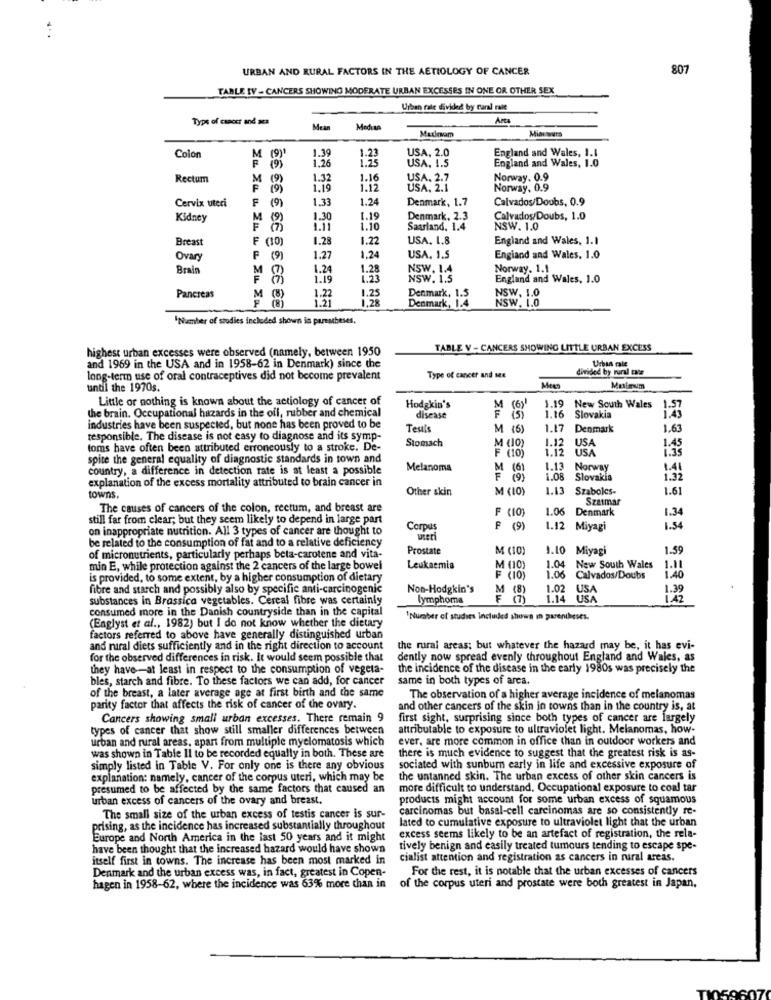
URBAN AND RURAL FACTORS IN THE AETIOLOGY OF CANCER
807
TABLE IV - CANCERS SHOWING MODERATE URBAN EXCESSES IN ONE OR OTHER SEX
Urban fale divided by caral ralle
Type of cancer and ara
Anta
Median
Mutluam
USA, 2.0
England and Wales, 1.1
Colon
M
(9)
1.39
1,26
1:33
England and Wales, 1.0
USA. 1.5
Rectum
M
(9)
1.32
1.16
USA. 2.7
Norway. 0.9
1.19
1.12
USA. 2.1
Norway, 0.9
Cervix uteri
F
(9)
1.24
Denmark, 1.7
Calvados/Doubs, 0.9
1.33
Kidney
M
1.30
1.19
Denmark, 2.3
Calvados/Doubs, 1.0
1.11
1.10
Saarland, 1.4
NSW. 1.0
Breast
F (
1.28
1.22
USA. 1.8
England and Wales, 1.1
Ovary
(9)
1.27
1.24
USA. 1.5
England and Wales, 1.0
Brain
1.24
NSW. 1.4
Norway. 1.1
M
1.19
1.23
NSW. 1.5
England and Wales, 1.0
1.25
NSW, 1.0
Pancreas
M (8)
1.22
1.21
1.28
Denmark, 1.5
Denmark, 1.4
NSW. 1.0
LLEL ZA
"Number of studies included shown is paratheses.
highest urban excesses were observed (namely, between 1950
TABLE V - CANCERS SHOWING LITTLE URBAN EXCESS
Urban rale
and 1969 in the USA and in 1958-62 in Denmark) since the
divided by muni ce
long-term use of oral contraceptives did not become prevalent
Type of cancer and sex
until the 1970s.
Mess
Mulum
Little or nothing is known about the actiology of cancer of
Hodgkin's
M
(6)
1.19
New South Wales
1.57
the brain. Occupational hazards in the oil, rubber and chemical
disease
(5)
1.16
Slovakia
industries have been suspected, but none has been proved to be
Teuls
M (6)
1.17
Denmark
1.63
responsible. The disease is not easy to diagnose and its symp-
Stomach
USA
1.45
toms have often been attributed erroneously to a stroke. De-
F (10)
1.12
1.12
USA
1.35
spite the general equality of diagnostic standards in town and
country, a difference in detection rate is at least a possible
Melanoma
M (6)
1.13
Norway
1.41
explanation of the excess mortality attributed to brain cancer in
SL ZLL
(9)
LOR
Slovakia
1.32
Other skin
M (10)
1.13
Szabolcs-
1.61
towns,
Szasmar
The causes of cancers of the colon, rectum, and breast are
F (10)
1.06 Denmark
1.34
still far from clear; but they seem likely to depend in large part
on inappropriate nutrition. All 3 types of cancer are thought to
Corpus
F
(9)
1.12 Miyagi
1.54
be related to the consumption of fat and to a relative deficiency
weri
Prostate
M (10)
1.10 Miyagi
1.59
of micronutrients, particularly perhaps beta-carotene and vita-
min E, while protection against the 2 cancers of the large bowel
Leukaemia
M (10)
1.04 New South Wales
1.11
1.40
is provided, to some extent, by a higher consumption of dietary
1.06 Calvados/Doubs
fibre and starch and possibly also by specific anti-carcinogenic
Non-Hodgkin's
M (8)
1.02
USA
1.39
substances in Brassica vegetables. Cereal fibre was certainly
lymphoma
Z EL ZL
USA
consumed more in the Danish countryside than in the capital
' Number of studies Included shown in parentheses.
(Englyst et al ., 1982) but I do not know whether the dietary
factors referred to above have generally distinguished urban
and rural diets sufficiently and in the right direction to account
the rural areas; but whatever the hazard may be, it has evi-
for the observed differences in risk. It would seem possible that
dently now spread evenly throughout England and Wales, as
they have -- at least in respect to the consumption of vegeta-
the incidence of the disease in the early 1980s was precisely the
bles, starch and fibre. To these factors we can add, for cancer
same in both types of arca.
of the breast, a later average age at first birth and the same
The observation of a higher average incidence of melanomas
parity factor that affects the risk of cancer of the ovary.
and other cancers of the skin in towns than in the country is, at
Cancers showing small urban excesses. There remain 9
first sight, surprising since both types of cancer are largely
types of cancer that show still smaller differences between
attributable to exposure to ultraviolet light. Melanomas, how-
urban and rural areas, apart from multiple myelomatosis which
ever, are more common in office than in outdoor workers and
was shown in Table Il to be recorded equally in both. These are
there is much evidence to suggest that the greatest risk is as-
simply listed in Table V. For only one is there any obvious
sociated with sunbum early in life and excessive exposure of
explanation: namely, cancer of the corpus uteri, which may be
the untanned skin. The urban excess of other skin cancers is
presumed to be affected by the same factors that caused an
more difficult to understand. Occupational exposure to coal tar
urban excess of cancers of the ovary and breast.
products might account for some urban excess of squamous
carcinomas but basal-cell carcinomas are so consistently re-
The small size of the urban excess of testis cancer is sur-
lated to cumulative exposure to ultraviolet light that the urban
prising, as the incidence has increased substantially throughout
Europe and North America in the last 50 years and it might
excess seems likely to be an artefact of registration, the rela-
have been thought that the increased hazard would have shown
tively benign and easily treated tumours tending to escape spe-
itself first in towns. The increase has been most marked in
cialist attention and registration as cancers in rural areas.
Denmark and the urban excess was, in fact, greatest in Copen-
For the rest, it is notable that the urban excesses of cancers
hagen in 1958-62, where the incidence was 63% more than in
of the corpus uteri and prostate were both greatest in Japan.